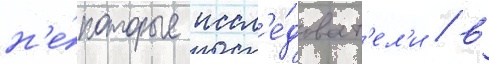
н'е́которые иссл'е́доват'ел'и / в